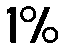
1%